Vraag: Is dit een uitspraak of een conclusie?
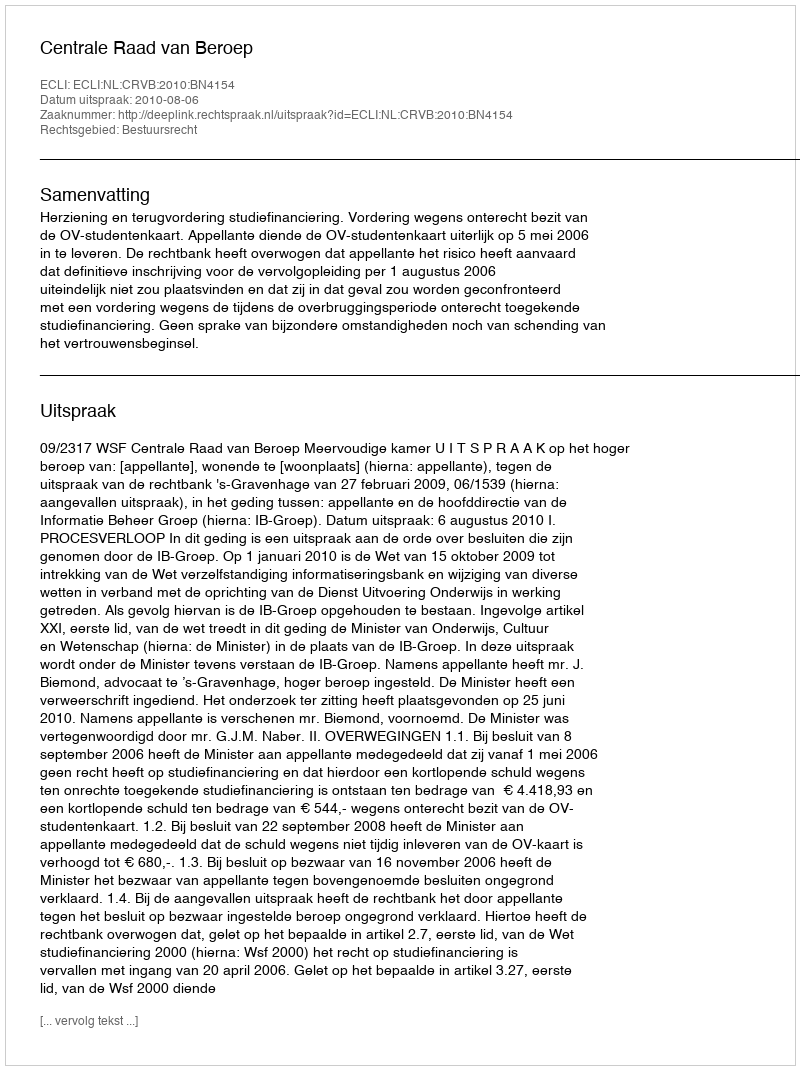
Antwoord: Uitspraak